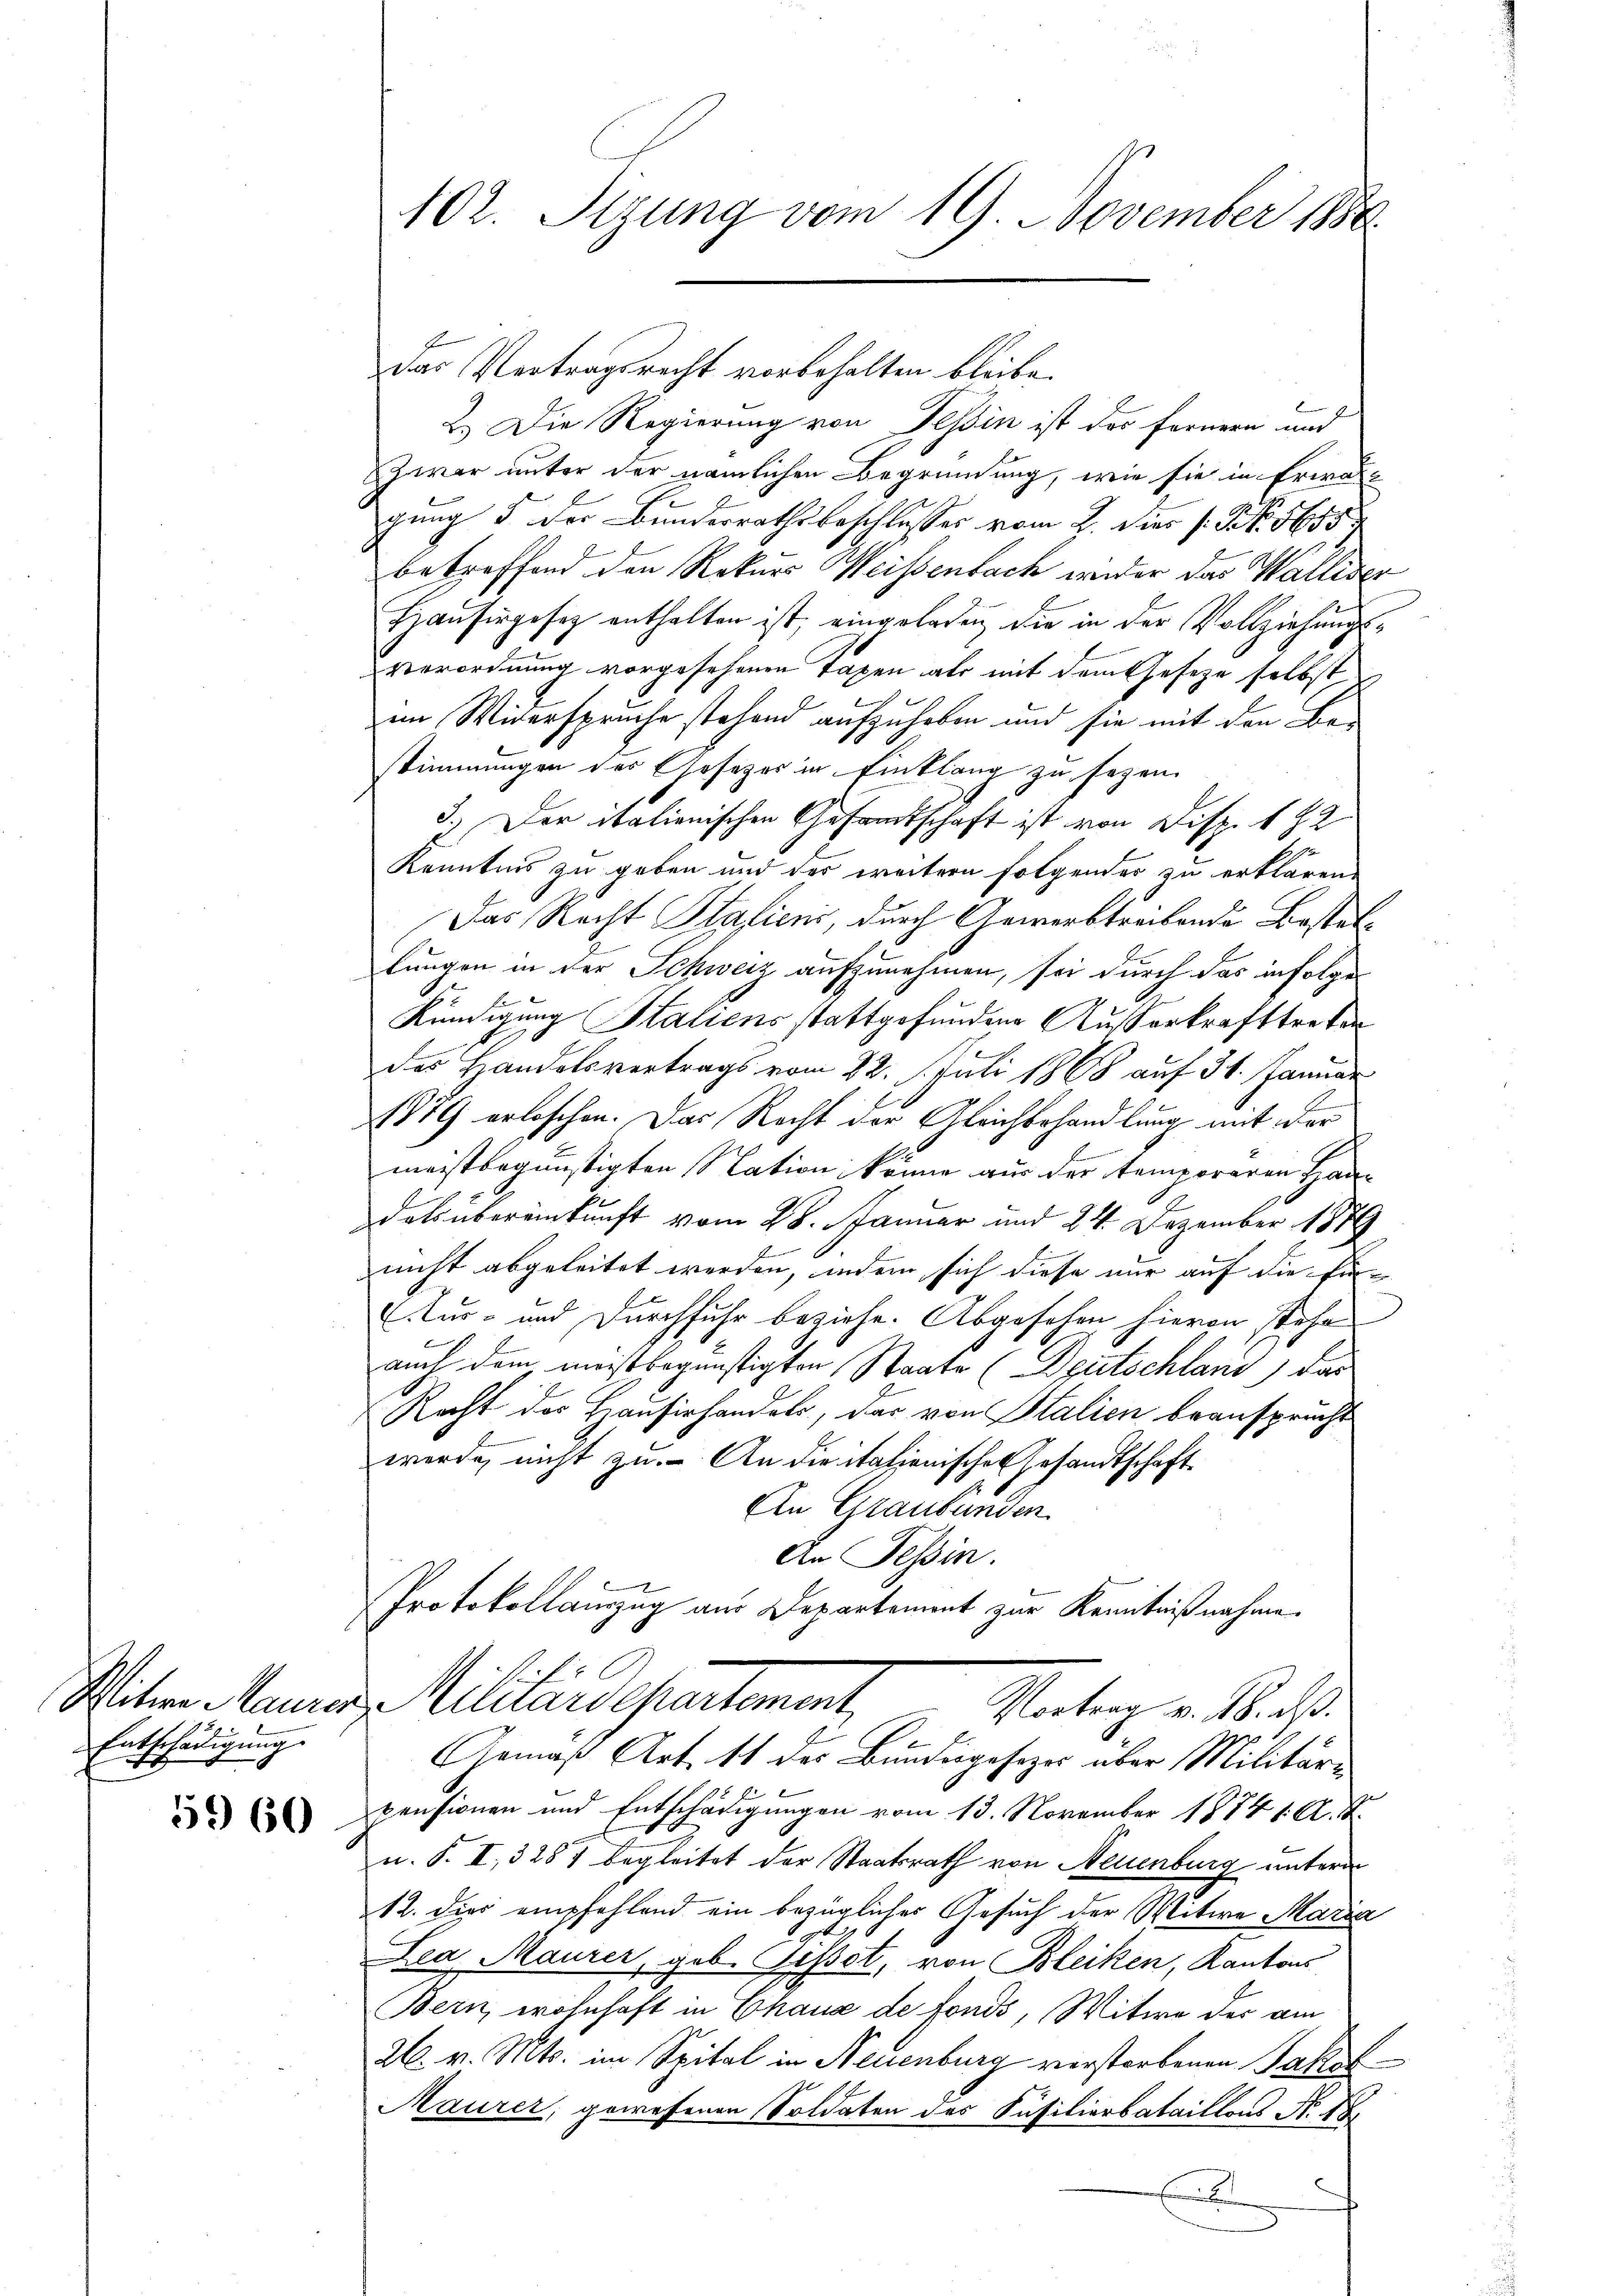
Pitwe Maurer
Entschädigung.

59 60

102. Sitzung vom 19. November 1888

das Vertragsrecht vorbehalten bleibe.
2.) Die Regierung von Tessin ist das Fernern und
Zwar unter der nämlichen Begründung, wie sie in Erwal-
gung 5 der Bundesrathsbeschlusses vom 2. Vier (: NNo. 8695
betreffend den Rekurs Weisenbach wieder das Walliser
Haŭsirgesez enthalten ist, eingeladen die in der Vollziehungsverordnung vorgesehenen Tagen als mit dem Geseze selbst
im Widerspruche stehend aufzuheben und sie mit den Bestimmungen des Gesezes in Einklang zu sezen.
3.) Der italienischen Gesandtschaft ist von Disp. 182
Kenntnis zu geben und des weitern folgendes zu erklären,
Das Recht Staliens, durch Gewerbstreibende Bestatlungen in der Schweiz aufzunehmen, sei durch das infolge
Kündigung Staliens stattgefundene Ausserkrafttreten
des Handelsvertrags vom 22. J. Juli 1868 auf 31. Januar
1879 erloschen. Das Recht der Gleichbehandlung mit der
meistbegünstigten Station könne aus der temporaren Haudals übereinkunft vom 28. Januar und 24. Dezember 1879
nicht abgeleitet werden, indem sich diese nur auf die Ein-
Aus- und Durchfuhr beziehe. Abgesehen hievon stehe
auch dem meistbegünstigten Staats (Deutschland) das
Recht des Hausirhandels, das von Stalien beansprucht
werde, nicht zu. An die italienische Gesandtschaft
An Graubünden.
An Tessin.
Protokollauszug aus Departement zur Kenntnißnahme.
Militärdepartement,
Vortrag v. 18. ds.
e
Gemäß Art. 11 des Bundesgesezes über Militär-
pensionen und Entschädigungen vom 13. November 18741. A. B.
u. S. I, 3257 begleitet der Staatsrath von Neuenburg unterm
12. dies empfehlend ein bezügliches Gesuch der Witwe Maria
Lea Maurer, geb. Geset, von Bleiken, Kantons
Bern, wohnhaft in Chaux de fonds, Witwe der am
26. v. Mts. im Spital in Neuenburg verstorbenen Jakob
Maurer, gewesenen Soldaten des Fäsitionbataillons N. 18
.